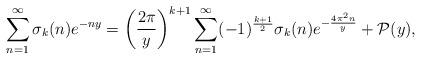
LaTeX: \begin{align*}\sum_{n=1}^{\infty} \sigma_{k}(n) e^{-n y} = \left( \frac{2\pi}{y} \right)^{k+1} \sum_{n=1}^{\infty} (-1)^{\frac{k+1}{2}} \sigma_{k}(n) e^{-\frac{4 \pi^2 n}{y}} + \mathcal{P}(y),\end{align*}